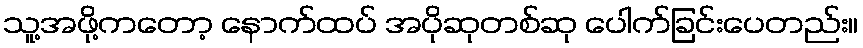
သူ့အဖို့ကတော့ နောက်ထပ် အပိုဆုတစ်ဆု ပေါက်ခြင်းပေတည်း။